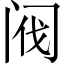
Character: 阀